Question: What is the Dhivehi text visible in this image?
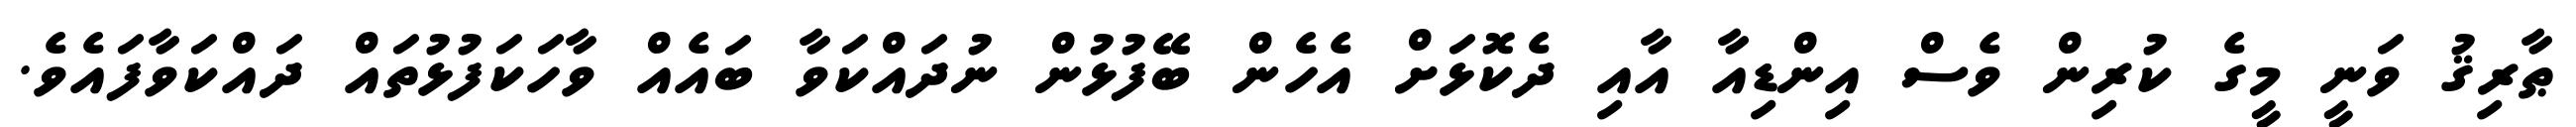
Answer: ޠާރިޤު ވަނީ މީގެ ކުރިން ވެސް އިންޑިއާ އާއި ދެކޮޅަށް އެހެން ބޭފުޅުން ނުދައްކަވާ ބައެއް ވާހަކަފުޅުތައް ދައްކަވާފައެވެ.